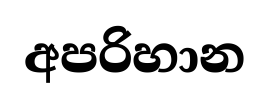
අපරිහාන